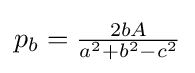
p_{b}={\tfrac {2bA}{a^{2}+b^{2}-c^{2}}}